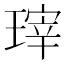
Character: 𱯙